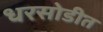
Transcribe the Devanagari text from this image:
धरसोडीत